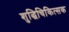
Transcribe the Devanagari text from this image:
शुद्धिचिकित्सक